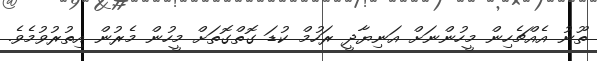
ތޫނު އެއްޗެހިން މީހުންނަށް އަނިޔާދީ ރަހުމް ކުޑަ ގޮތްގޮތަށް މީހުން މެރުން އިތުރުވުމެވެ.